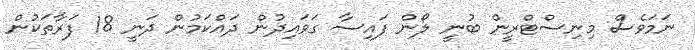
ނަމަވެސް މިނިސްޓްރީން ބުނީ ލޯން ފައިސާ ގަވައިދުން ދައްކަމުން ދަނީ 18 ފަރާތަކުން